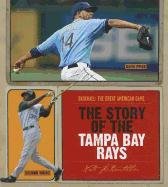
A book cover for The Story of the Tampa Bay Rays (Baseball: the Great American Game); Nate Leboutillier; Teen & Young Adult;